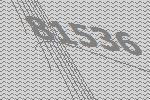
81536